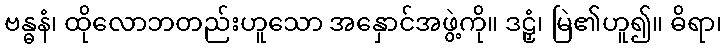
ဗန္ဓနံ၊ ထိုလောဘတည်းဟူသော အနှောင်အဖွဲ့ကို။ ဒဠှံ၊ မြဲ၏ဟူ၍။ ဓိရာ၊